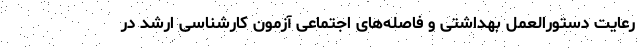
رعایت دستورالعمل بهداشتی و فاصله‌های اجتماعی آزمون کارشناسی ارشد در